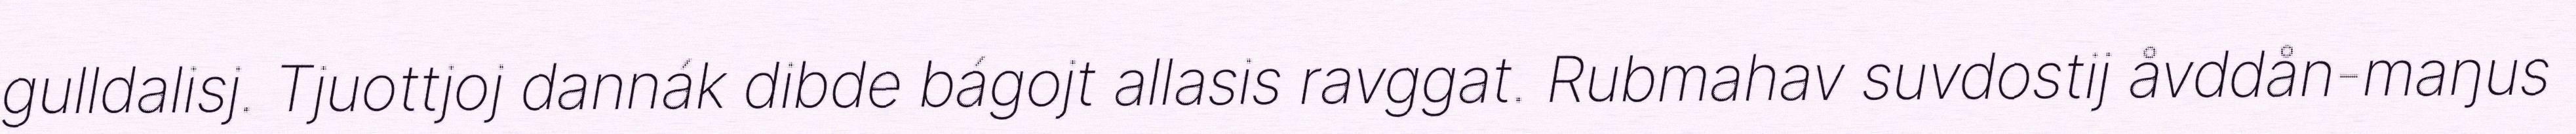
gulldalisj. Tjuottjoj dannák dibde bágojt allasis ravggat. Rubmahav suvdostij åvddån-maŋus